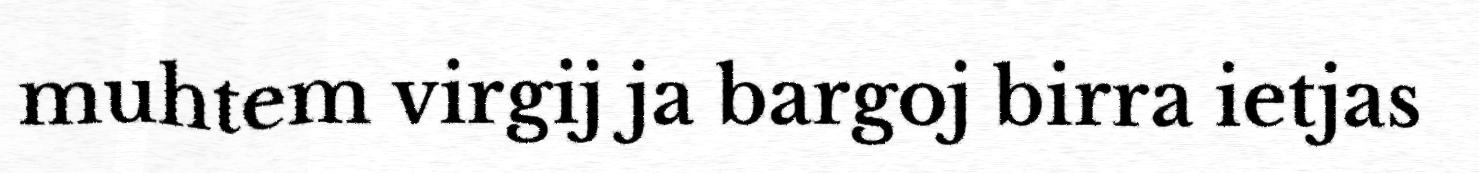
muhtem virgij ja bargoj birra ietjas